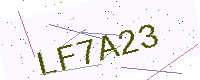
Text: LF7A23